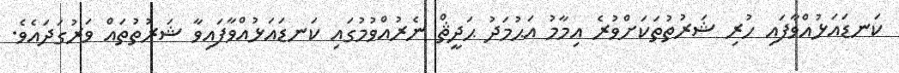
ކަނޑައަޅުއްވާފައި ހުރި ޝަރުތުތަކަށްވުރެ އިމާމު އަޙުމަދު ޙަދީޘް ނެރުއްވުމުގައި ކަނޑައަޅުއްވާފައިވާ ޝަރުތުތައް ވަރުގަދައެވެ.